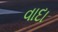
વાદા